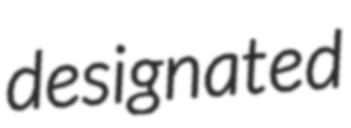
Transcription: designated